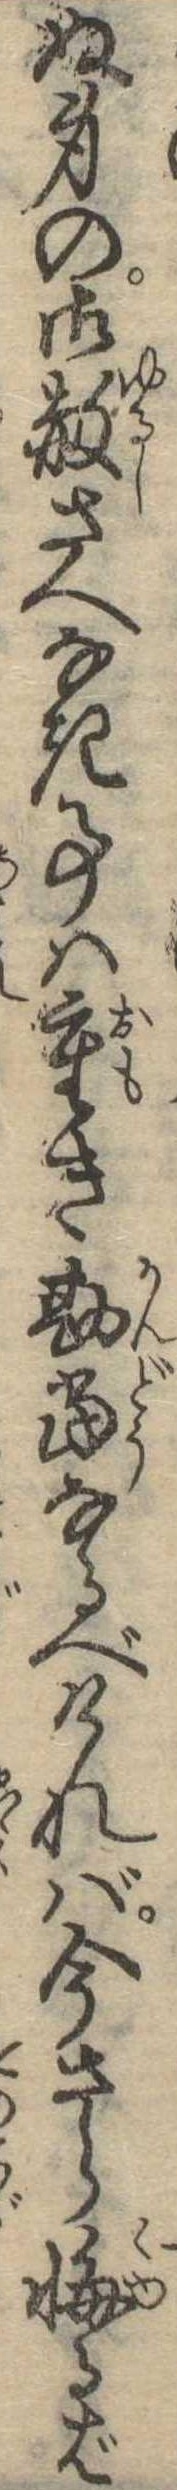
ぬ身の御赦さへなき事は重き勘当なるべければ今さら悔るば